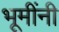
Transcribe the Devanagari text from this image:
भूमींनी